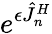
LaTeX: e^{\epsilon\hat{J}_{n}^{H}}